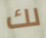
لك